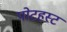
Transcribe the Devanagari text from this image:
पोटहस्ट